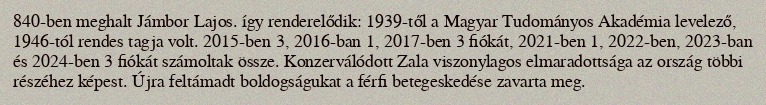
840-ben meghalt Jámbor Lajos. így renderelődik: 1939-től a Magyar Tudományos Akadémia levelező, 1946-tól rendes tagja volt. 2015-ben 3, 2016-ban 1, 2017-ben 3 fiókát, 2021-ben 1, 2022-ben, 2023-ban és 2024-ben 3 fiókát számoltak össze. Konzerválódott Zala viszonylagos elmaradottsága az ország többi részéhez képest. Újra feltámadt boldogságukat a férfi betegeskedése zavarta meg.